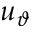
u _ { \vartheta }